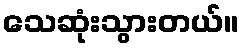
သေဆုံးသွားတယ်။